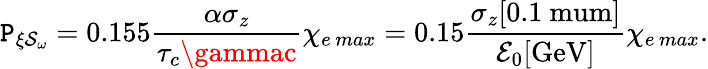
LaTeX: \mathtt{P}_{\xi\mathcal{{S}}_{\omega}}=0.155\frac{{\alpha\sigma_{z}}}{{\tau_{c}\gammac}}\chi_{e\, max}=0.15\frac{{\sigma_{z}[0.1\mathrm{{\ mum}}]}}{{\mathcal{{E}}_{0}[\mathrm{{GeV}}]}}\chi_{e\, max}.